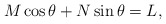
\begin{align*}M\cos\theta+N\sin\theta=L,\end{align*}